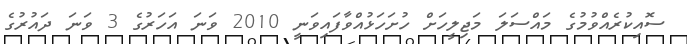
ސޮއިކުރެއްވުމުގެ މައްސަލަ މަޖިލީހަށް ހުށަހަޅުއްވާފައިވަނީ 2010 ވަނަ އަހަރުގެ 3 ވަނަ ދައުރުގެ